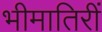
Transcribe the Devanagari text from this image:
भीमातिरीं